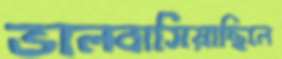
ভালবাসিয়াছিলে